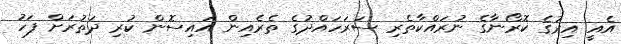
އެއީ އިރުގެ ކޮރޯނާގެ ނުރައްކާތެރި ސަރަހައްދުގެ ތެރެއިން އައިސޮން ކުރި ދަތުރަށް ފަހު